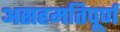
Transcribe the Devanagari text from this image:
असहमतिपूर्ण